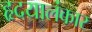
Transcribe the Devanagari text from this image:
हृदयालंकार